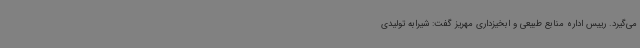
می‌گیرد. رییس اداره منابع طبیعی و ابخیزداری مهریز گفت: شیرابه تولیدی